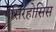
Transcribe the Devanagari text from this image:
सिरहोसिस